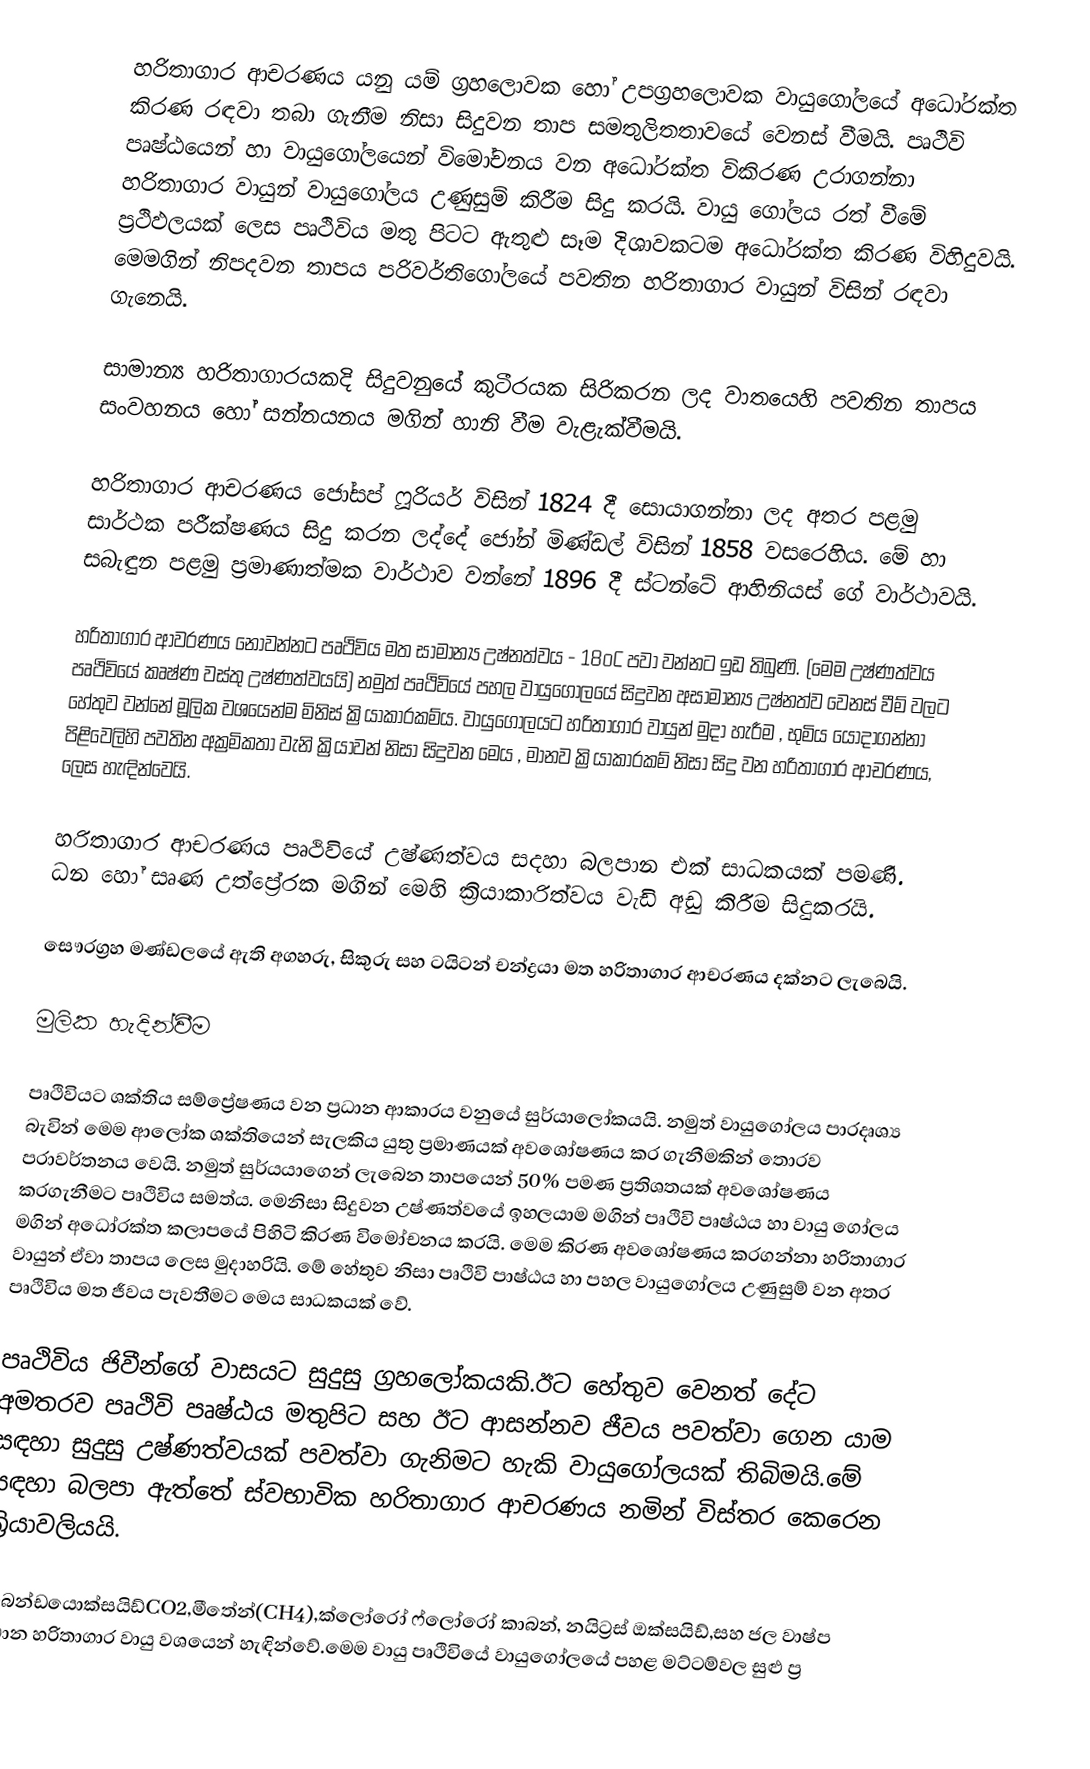
හරිතාගාර ආචරණය යනු යම් ග්‍රහලොවක හෝ උපග්‍රහලොවක වායුගෝලයේ අධෝරක්ත කිරණ රඳවා තබා ගැනීම නිසා සිදුවන තාප සමතුලිතතාවයේ වෙනස් වීමයි.  පෘථිවි පෘෂ්ඨයෙන් හා වායුගෝලයෙන් විමෝචනය වන අධෝරක්ත විකිරණ උරාගන්නා හරිතාගාර වායුන් වායුගෝලය උණුසුම් කිරීම සිදු කරයි. වායු ගෝලය රත් වීමේ ප්‍රථිඵලයක්  ලෙස පෘථිවිය මතු පිටට ඇතුළු සෑම දිශාවකටම අධෝරක්ත කිරණ විහිදුවයි. මෙමගින් නිපදවන තාපය පරිවර්තිගෝලයේ පවතින හරිතාගාර වායුන් විසින් රඳවා ගැනෙයි.

සාමාන්‍ය හරිතාගාරයකදි සිදුවනුයේ කුටීරයක සිරිකරන ලද වාතයෙහි පවතින තාපය සංවහනය හෝ සන්නයනය මගින් හානි වීම වැළැක්වීමයි.

හරිතාගාර ආචරණය ජෝසප් ෆූරියර් විසින් 1824 දී සොයාගන්නා ලද අතර පළමු සාර්ථක පරීක්ෂණය සිදු කරන ලද්දේ ජෝන් මිණ්ඩල් විසින් 1858 වසරෙහිය. මේ හා සබැඳුන පළමු ප්‍රමාණාත්මක වාර්ථාව වන්නේ 1896 දී ස්ටන්ටේ ආහිනියස් ගේ වාර්ථාවයි.

හරිතාගාර ආවරණය නොවන්නට පෘථිවිය මත සාමාන්‍ය උෂ්නත්වය - 18oC පවා වන්නට ඉඩ තිබුණි. (මෙම උෂ්ණත්වය පෘථිවියේ කෘෂ්ණ වස්තු උෂ්ණත්වයයි) නමුත් පෘථිවියේ පහල වායුගෝලයේ සිදුවන අසාමාන්‍ය උෂ්නත්ව වෙනස් වීම් වලට හේතුව වන්නේ මූලික වශයෙන්ම මිනිස් ක්‍රියාකාරකම්ය. වායුගෝලයට හරිතාගාර වායුන් මුදා හැරීම , භුමිය යොදාගන්න‍ා පිළිවෙලිහි පවතින අක්‍රමිකතා වැනි ක්‍රියාවන් නිසා සිදුවන මෙය , මානව ක්‍රියාකාරකම් නිසා සිදු වන හරිතාගාර ආචරණය, ලෙස හැඳින්වෙයි.

හරිතාගාර ආචරණය පෘථිවියේ උෂ්ණත්වය සදහා බලපාන එක් සාධකයක් පමණි. ධන හෝ සෘණ උත්ප්‍රේරක  මගින් මෙහි ක්‍රියාකාරිත්වය වැඩි අඩු කිරීම සිදුකරයි.

සෞරග්‍රහ මණ්ඩලයේ ඇති අගහරු, සිකුරු සහ ටයිටන් චන්ද්‍රයා මත හරිතාගාර ආචරණය දක්නට ලැබෙයි.

මුලික හැදින්වීම

පෘථිවියට ශක්තිය සම්ප්‍රේෂණය වන ප්‍රධාන ආකාරය වනුයේ සුර්යාලෝකයයි. නමුත් වායුගෝලය පාරදෘශ්‍ය බැවින් මෙම ආලෝක ශක්තියෙන් සැලකිය යුතු ප්‍රමාණයක් අවශෝෂණය කර ගැනීමකින් තොරව පරාවර්තනය වෙයි. නමුත් සුර්යයාගෙන් ලැබෙන තාපයෙන් 50% පමණ ප්‍රතිශතයක් අවශෝෂණය කරගැනීමට පෘථිවිය සමත්ය. මෙනිසා සිදුවන උෂ්ණත්වයේ ඉහලයාම මගින් පෘථිවි පෘෂ්ඨය හා වායු ගෝලය මගින් අධෝරක්ත කලාපයේ පිහිටි කිරණ විමෝචනය කරයි. මෙම කිරණ අවශෝෂණය කරගන්නා හරිතාගාර වායුන් ඒවා තාපය ලෙස මුදාහරියි. මේ හේතුව නිසා පෘථිවි පාෂ්ඨය හා පහල වායුගෝලය උණුසුම් වන අතර පෘථිවිය මත ජීවය පැවතීමට මෙය සාධකයක් වේ.

පෘථිවිය ජිවීන්ගේ වාසයට සුදුසු ග්‍රහලෝකයකි.ඊට හේතුව වෙනත් දේට අමතරව පෘථිවි පෘෂ්ඨය මතුපිට සහ ඊට ආසන්නව ජීවය පවත්වා‍ ‍ගෙන යාම සඳහා සුදුසු උෂ්ණත්වයක් පවත්වා ගැනිමට හැකි වායුගෝලයක් තිබිමයි.මේ සඳහා බලපා ඇත්තේ ස්වභාවික හරිතාගාර ආචරණය නමින් විස්තර කෙරෙන ක්‍රියාවලියයි.

කාබන්ඩයොක්සයිඩ්CO2,මී‍තේන්(CH4),ක්ලෝරෝ ‍ෆ්ලෝරෝ කාබන්, නයිට්‍රස් ඔක්සයිඩ්,සහ ජල වාෂ්ප ප්‍රධාන හරිතාගාර වායු වශයෙන් හැඳින්වේ.මෙම වායු පෘථිවියේ වායුගෝලයේ පහළ මට්ටම්වල සුළු ප්‍ර